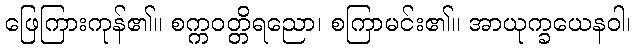
ဖြေကြားကုန်၏။ စက္ကဝတ္တိရညော၊ စကြာမင်း၏။ အာယုက္ခယေနဝါ၊